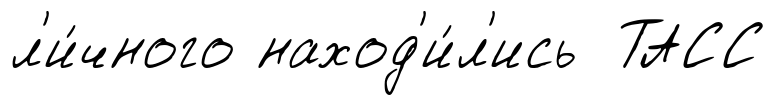
л'и́чного наход'и́л'ись ТАСС